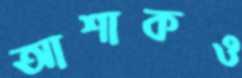
আশাকও